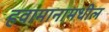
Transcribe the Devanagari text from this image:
हवामानामधील